Lunatic asylums Central Provinces reports 1886-1894 - 1886-1894
Year: 1886
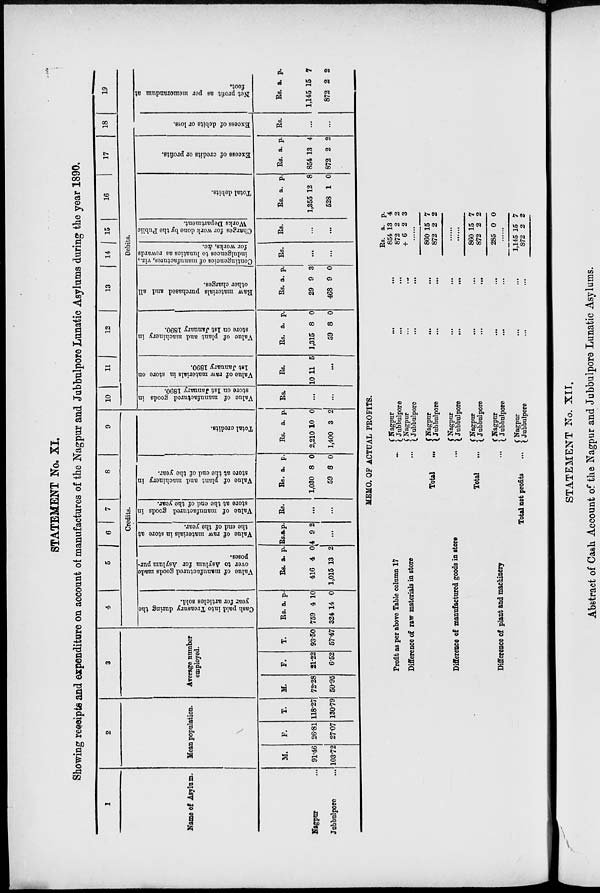
STATEMENT No. XI.
Showing receipts and expenditure on account of manufactures of the Nagpur and Jubbulpore Lunatic Asylums during the year 1890.
1
Name of Asylum.
Nagpur
...
Jubbulpore ...
2
Mean population.
M.
91.46
103.72
F.
26.81
27.07
T.
118.27
130.79
3
Average number
employed.
M.
72.28
50.95
F.
21.22
6.52
T.
93.50
57.47
4
5
6
7
8
9
Credits.
Cash paid into Treasury during the
year for articles sold.
Rs.
759
324
a.
4
14
p.
10
0
Value of manufactured goods made
over to Asylum for Asylum pur-
poses.
Rs.
416
1,015
a.
4
13
p.
0
2
Value of raw materials in store at
the end of the year.
Rs.
4
a.
9
p.
2
...
Value of manufactured goods in
store at the end of the year.
Rs.
...
...
Value of plant and machinery in
store at the end of the year.
Rs.
1,030
59
a.
8
8
p.
0
0
Total credits.
Rs.
2,210
1,400
a.
10
3
p.
0
2
10
Value of manufactured goods in
store on 1st January 1890.
Rs.
...
...
11
12
13 14 15 16
17
18
19
Debits.
Value of raw materials in st or e on
1st J anuar y 1890.
Rs.
10 11 5
...
Value of plant and machinery in
store on 1st January 1890.
Rs.
1,315
59
a.
8
8
p.
0
0
Raw materials purchased and all
other charges.
Rs.
29
468
a.
9
9
p.
3
0
Contingencies of manufactures, viz.,
indulgences to lunatics as rewards
for works, &c.
Rs.
...
...
Charges for work done by the Public
Works Department.
Rs.
...
...
Total debits.
Rs.
1,355
528
a.
12
1
p.
8
0
Excess of credits or profits.
Rs.
854
872
a.
13
2
p.
4
2
Excess of debits or loss.
Rs.
...
...
Net profit as per memorandum at
foot.
Rs.
1,145
872
a.
15
2
p.
7
2
MEMO. OF ACTUAL PROFITS.
Profit as per above Table column 17
...
Difference of raw materials in store ...
Total
...
Difference of manufactured goods in store
...
Total
...
Difference of plant and machinery ...
Total net profits
...
Nagpur ... ...
Jubbulpore
...
...
Nagpur ... ...
Jubbulpore ... ...
Nagpur
...
...
Jubbulpore
...
...
Nagpur ... ...
Jubbulpore
...
...
Nagpur ... ...
Jubbulpore ... ...
Nagpur ... ...
Jubbulpore ... ...
Nagpur ... ...
Jubbulpore ... ...
Rs.
854
872
+ 6
a.
13
2
2
p.
4
2
3
......
860
872
15
2
7
2
......
......
860
872
285
15
2
0
7
2
0
......
1,145
872
15
2
7
2